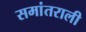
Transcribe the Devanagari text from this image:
समांतराली